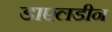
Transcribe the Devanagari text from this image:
डाएलडीन